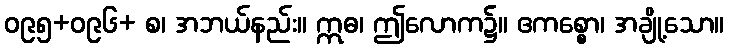
ဝ၉၅+ဝ၉၆+ စ၊ အဘယ်နည်း။ ဣဓ၊ ဤလောက၌။ ဧကစ္စော၊ အချို့သော။